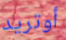
أوتريد